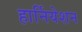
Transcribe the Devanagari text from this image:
हार्नियेशन